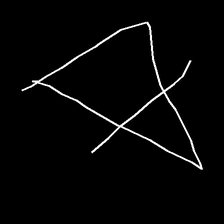
Glyph: empower